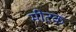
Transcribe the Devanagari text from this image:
मीटक